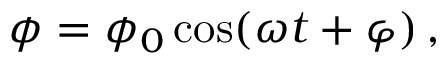
\phi = \phi _ { 0 } \cos ( \omega t + \varphi ) \, ,